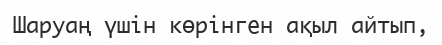
Шаруаң үшін көрінген ақыл айтып,